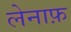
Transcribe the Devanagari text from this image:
लेनाफ़